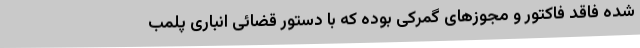
شده فاقد فاکتور و مجوزهای گمرکی بوده که با دستور قضائی انباری پلمب